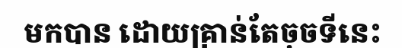
មកបាន ដោយគ្រាន់តែចុចទីនេះ